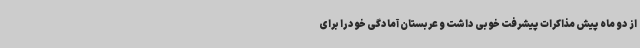
از دو ماه پیش مذاکرات پیشرفت خوبی داشت و عربستان آمادگی خود را برای